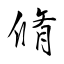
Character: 脩